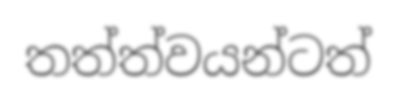
තත්ත්වයන්ටත්